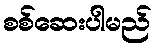
စစ်ဆေးပါမည်